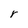
Character: r